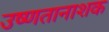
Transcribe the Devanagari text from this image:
उष्णतानाशक